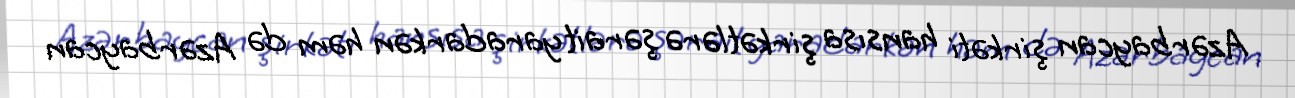
Azərbaycan şirkəti hansısa şirkətlərə şərait yaradarkən həm də Azərbaycan